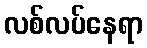
လစ်လပ်နေရာ